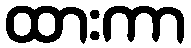
ထားကာ